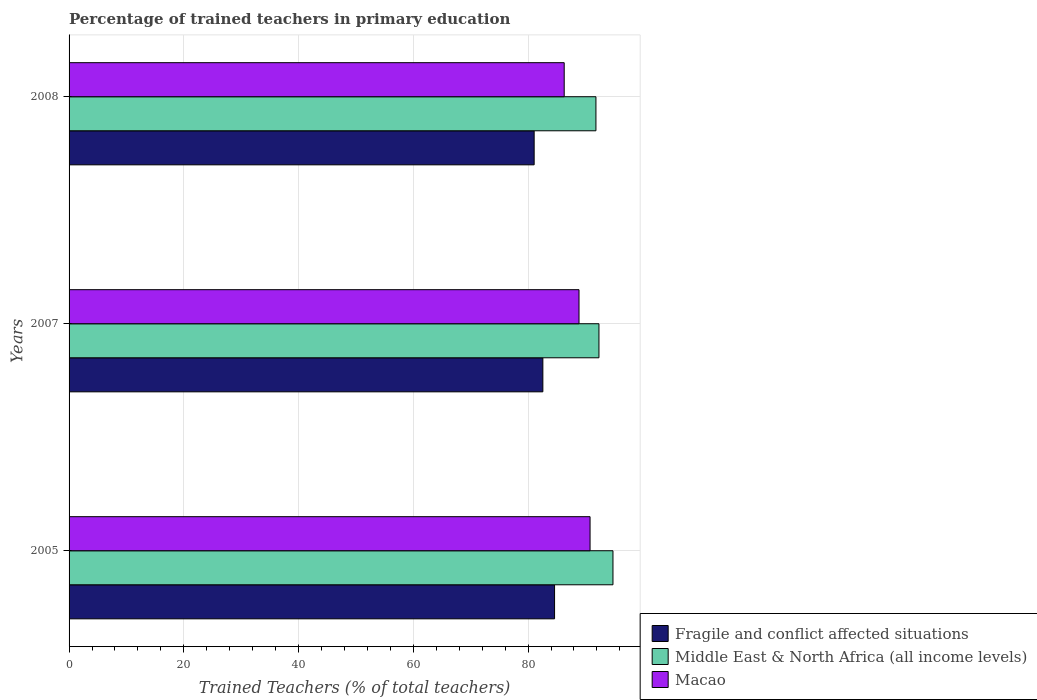
| Years | Fragile and conflict affected situations | Middle East & North Africa (all income levels) | Macao |
 | --- | --- | --- | --- |
 | 2005 | 84.6 | 94.8 | 90.8 |
 | 2007 | 82.6 | 92.4 | 88.9 |
 | 2008 | 81.1 | 91.8 | 86.3 |